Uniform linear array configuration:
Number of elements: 48
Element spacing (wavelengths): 0.75
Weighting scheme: binomial
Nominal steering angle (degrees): -60
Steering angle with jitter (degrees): -61.93
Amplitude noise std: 0.05
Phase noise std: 0.05

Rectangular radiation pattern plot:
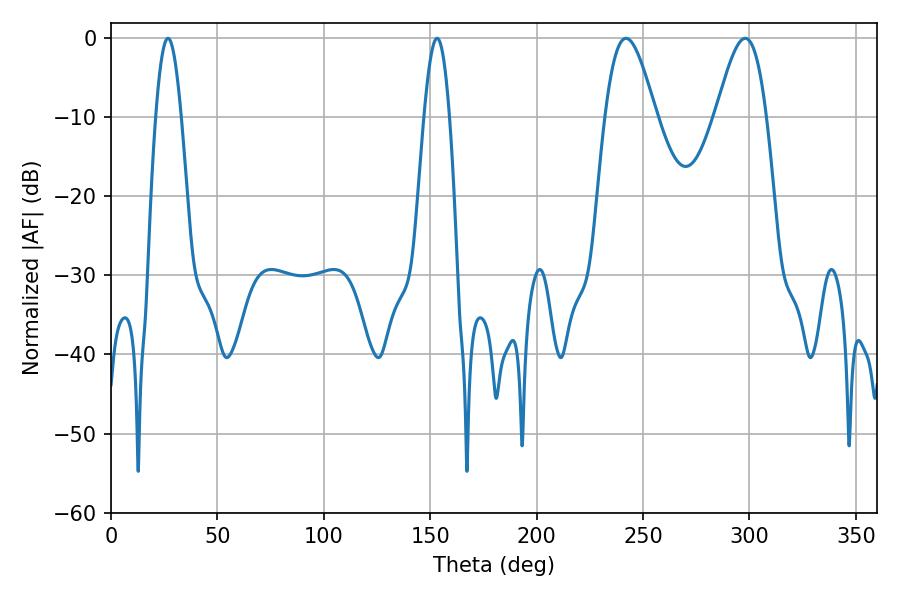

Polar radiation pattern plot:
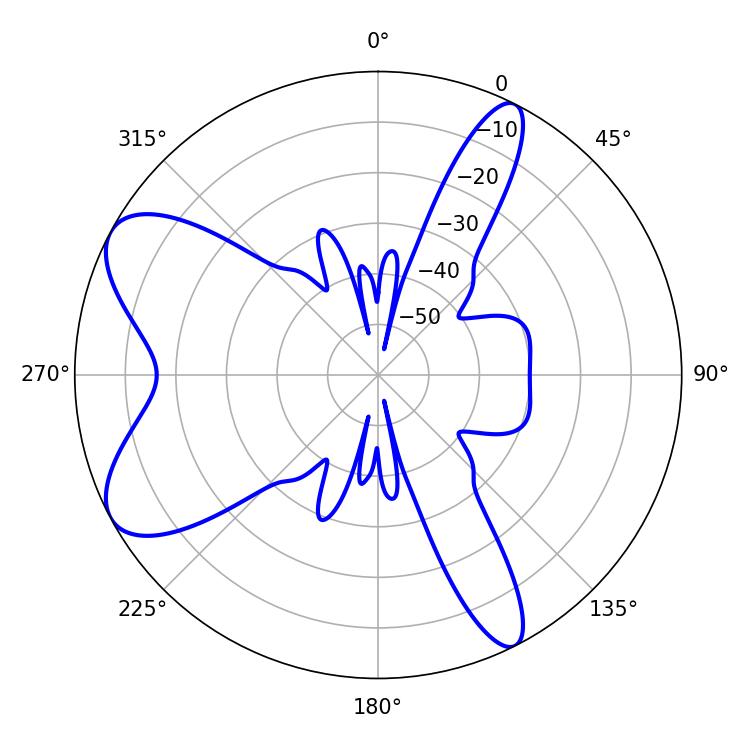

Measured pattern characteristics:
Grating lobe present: TRUE
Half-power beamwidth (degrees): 12.6
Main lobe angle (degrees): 241.92